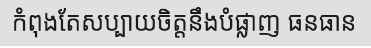
កំពុងតែសប្បាយចិត្តនឹងបំផ្លាញ ធនធាន